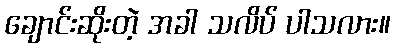
ချောင်းဆိုးတဲ့ အခါ သလိပ် ပါသလား။